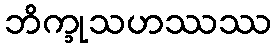
ဘိက္ခုသဟဿဿ